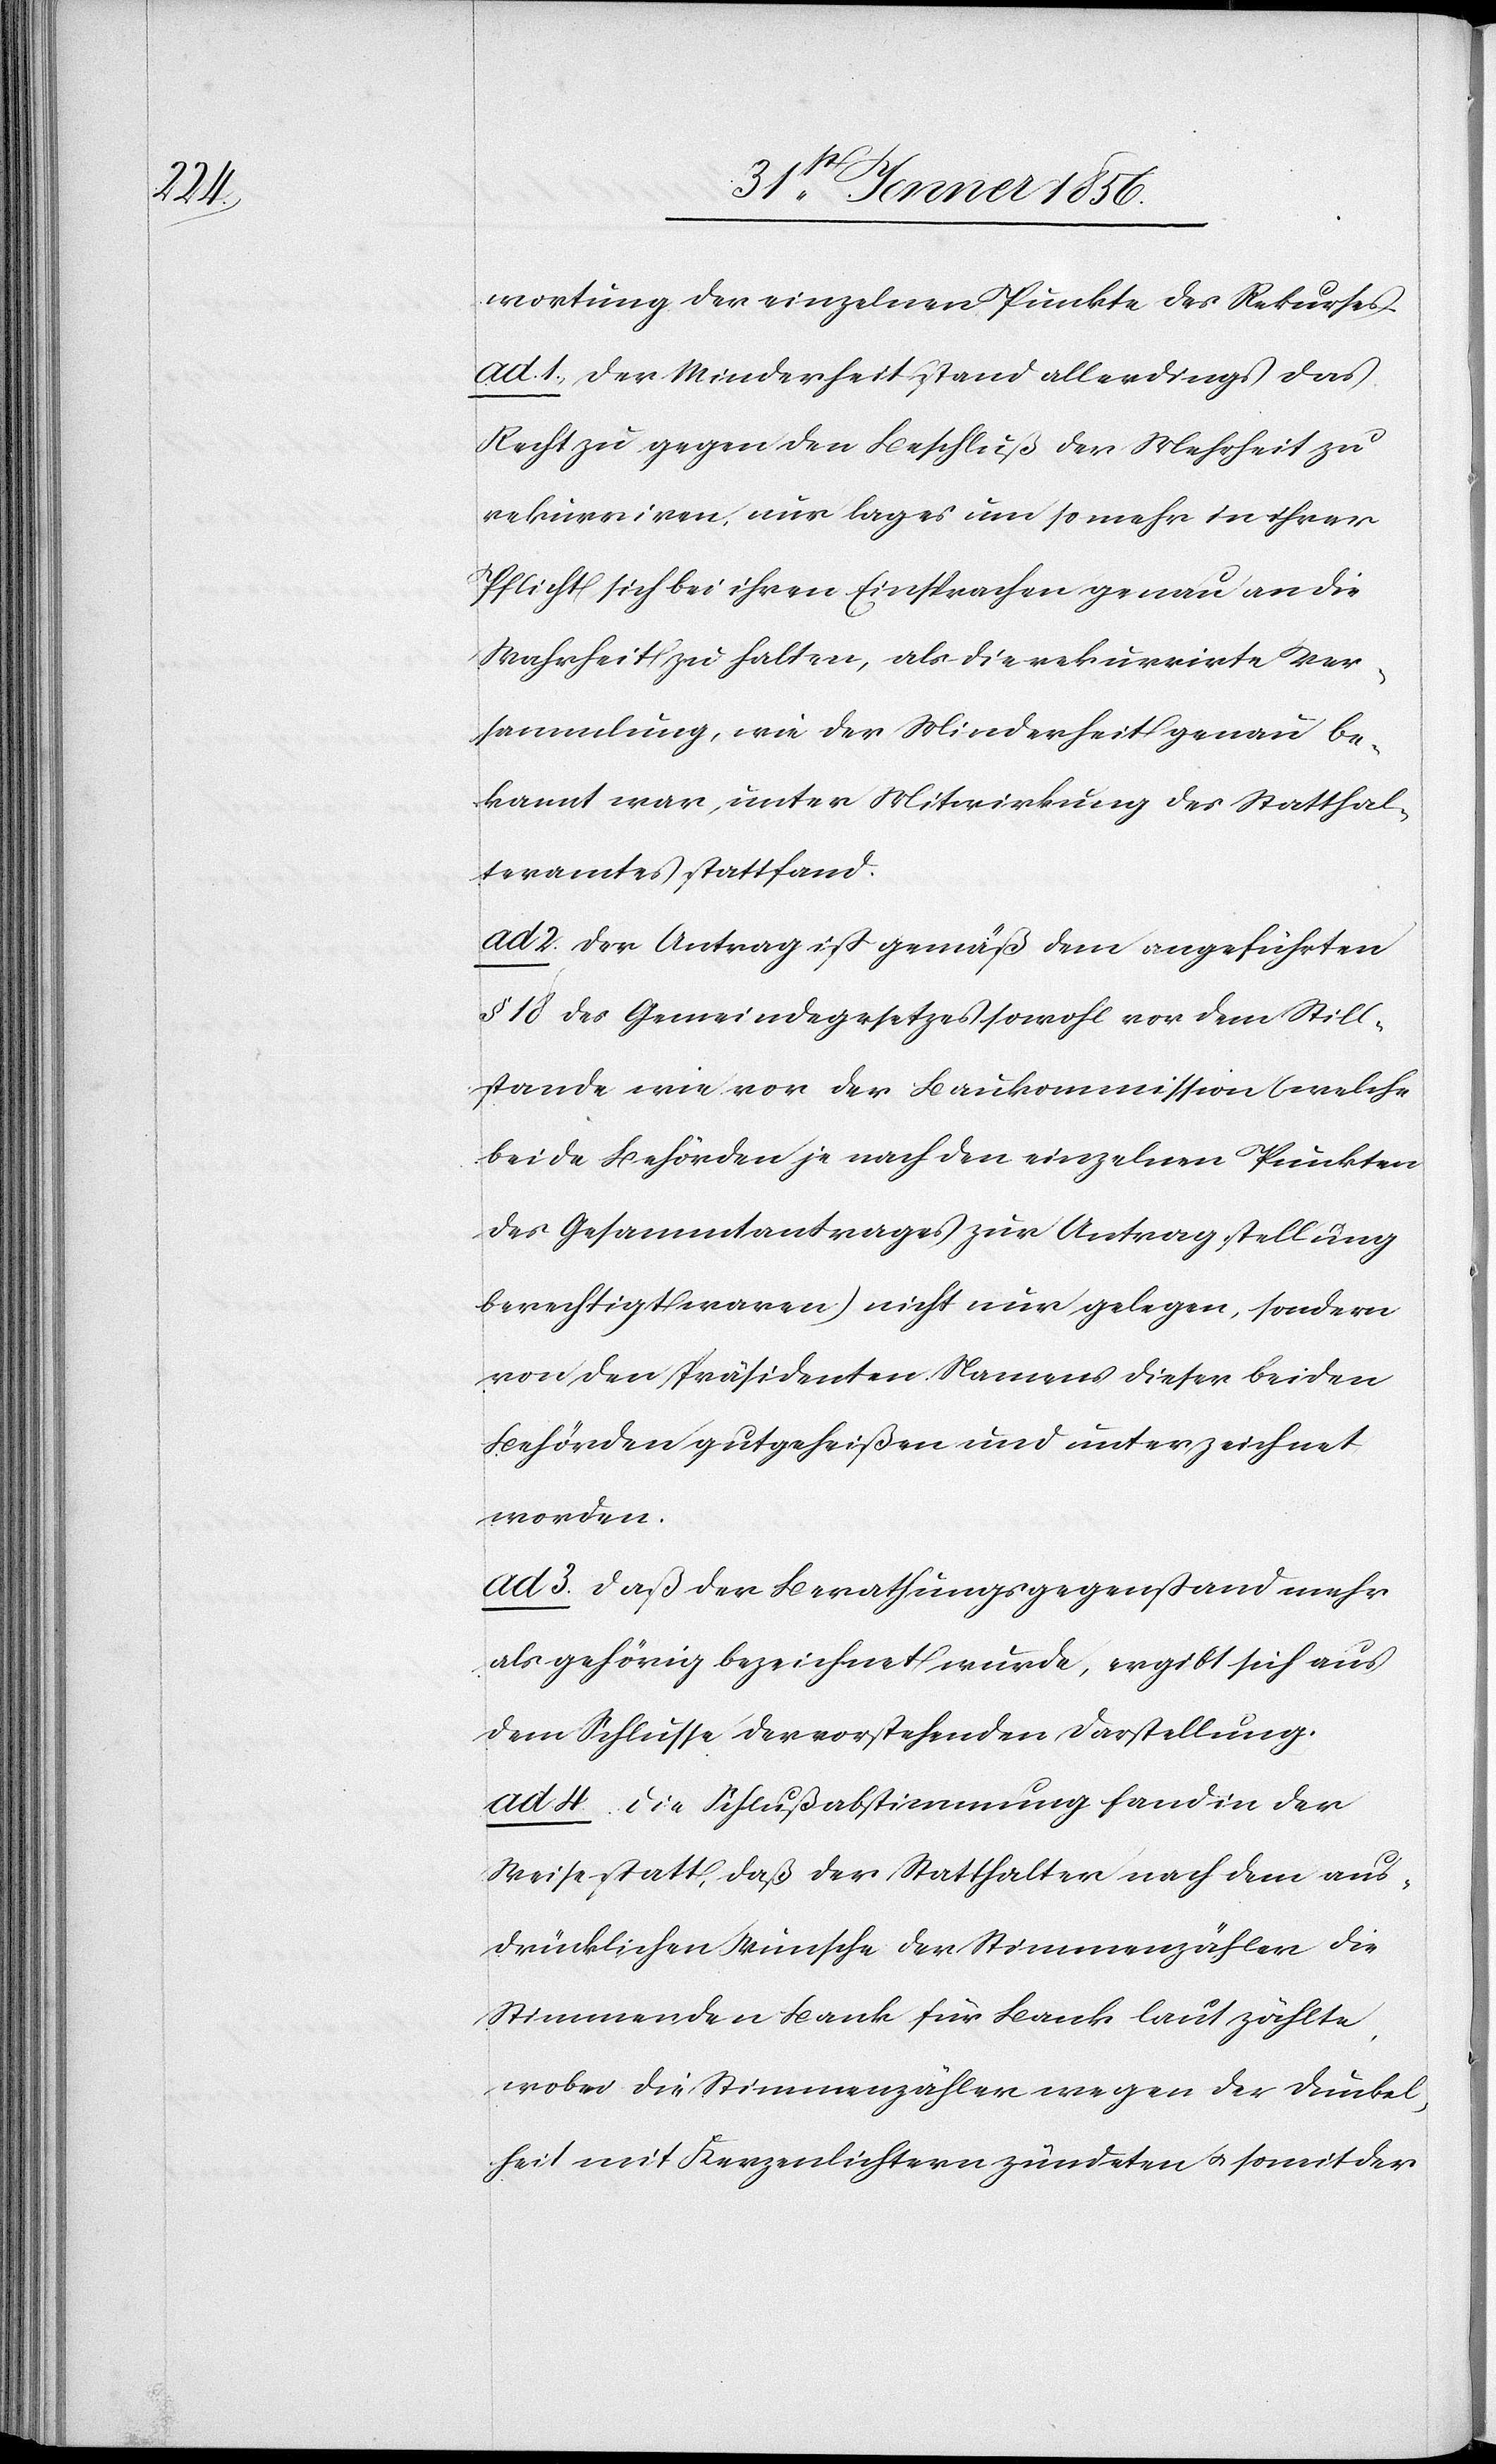
wortung der einzelnen Punkte des Rekurses.
ad. 1., Der Minderheit stand allerdings das
Recht zu gegen den Beschluß der Mehrheit zu
rekurriren, nur lag es um so mehr in ihrer
Pflicht sich bei ihren Einsprachen genau an die
Wahrheit zu halten, als die rekurrirte Ver¬
sammlung, wie der Minderheit genau be¬
kannt war, unter Mitwirkung des Statthal¬
teramtes stattfand.
ad 2. Der Antrag ist gemäß dem angeführten
§ 18 des Gemeindegesetzes sowohl vor dem Still¬
stande wie vor der Baukommission (welche
beide Behörden je nach den einzelnen Punkten
des Gesammtantrages zur Antragstellung
berechtigt waren) nicht nur gelegen, sondern
von den Präsidenten Namens dieser beiden
Behörden gutgeheißen und unterzeichnet
worden.
ad 3. Daß der Berathungsgegenstand mehr
als gehörig bezeichnet wurde, ergibt sich aus
dem Schlusse der vorstehenden Darstellung.
ad 4. Die Schlußabstimmung fand in der
Weise statt, daß der Statthalter nach dem aus¬
drücklichen Wunsche der Stimmenzähler die
Stimmenden Bank für Bank laut zählte,
wobei die Stimmenzähler wegen der Dunkel¬
heit mit Kerzenlichtern zündeten u. somit der